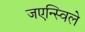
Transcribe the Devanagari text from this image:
जएन्स्विले